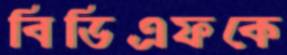
বিডিএফকে